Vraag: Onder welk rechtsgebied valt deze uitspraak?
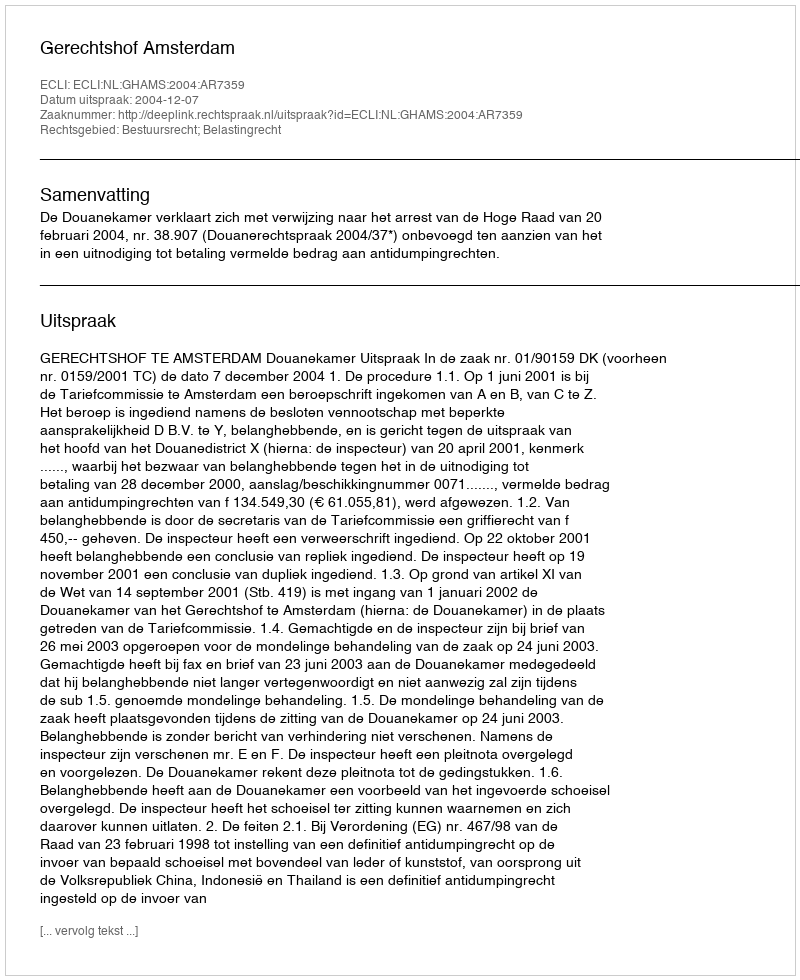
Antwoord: Bestuursrecht; Belastingrecht